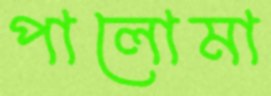
পালোমা